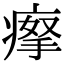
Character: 𤸻